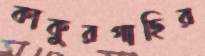
কাকুরগাছির